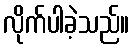
လိုက်ပါခဲ့သည်။